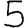
Digit: 5